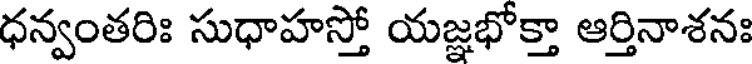
ధన్వంతరిః సుధాహస్తో యజ్ఞభోక్తా ఆర్తినాశనః